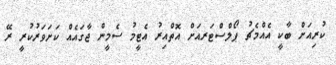
ކުރިއަށް ބާކީ އެއްމެޗު ޕޯޯލްސްޓަރއަށް އޮތްއިރު އެޓީމު ސެމީން ޖާގައެއް ކަށަވަރުކުރީ ރޭ